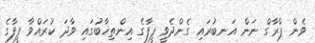
ވެން ޕްރާގް ނަން އަނބުރައި ގެންދެވީ ފީފާގެ އިންތިޚާބުގައި ވާދަ ކުރައްވާ ފީފާގެ